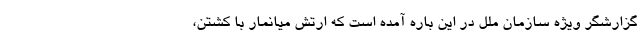
گزارشگر ویژه سازمان ملل در این باره آمده است که ارتش میانمار با کشتن،